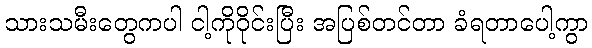
သားသမီးတွေကပါ ငါ့ကိုဝိုင်းပြီး အပြစ်တင်တာ ခံရတာပေါ့ကွာ